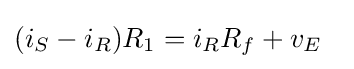
(i_{S}-i_{R})R_{1}=i_{R}R_{f}+v_{E}\ \